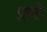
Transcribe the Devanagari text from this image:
प्रणी